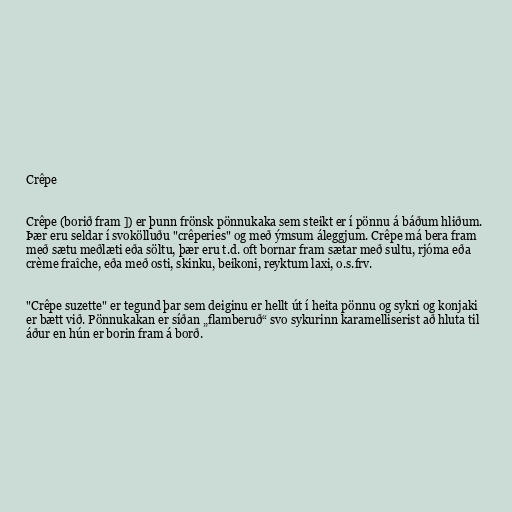
Crêpe

Crêpe (borið fram ]) er þunn frönsk pönnukaka sem steikt er í pönnu á báðum hliðum.
Þær eru seldar í svokölluðu "crêperies" og með ýmsum áleggjum. Crêpe má bera fram
með sætu meðlæti eða söltu, þær eru t.d. oft bornar fram sætar með sultu, rjóma eða
crème fraîche, eða með osti, skinku, beikoni, reyktum laxi, o.s.frv.

"Crêpe suzette" er tegund þar sem deiginu er hellt út í heita pönnu og sykri og konjaki
er bætt við. Pönnukakan er síðan „flamberuð“ svo sykurinn karamelliserist að hluta til
áður en hún er borin fram á borð.